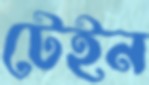
টেইন